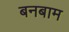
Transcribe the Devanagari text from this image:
बनबाम